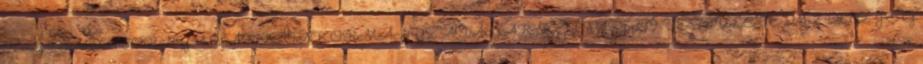
Károly SIMONTORNYA VÁROS ÖNKORMÁNYZATÁNAK KÉPVISELŐ-TESTÜLETE 211-7 2012. J E G